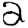
Digit: 2